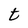
Character: t